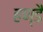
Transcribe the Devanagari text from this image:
हण्डै